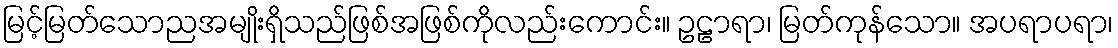
မြင့်မြတ်သောညအမျိုးရှိသည်ဖြစ်အဖြစ်ကိုလည်းကောင်း။ ဥဠာရာ၊ မြတ်ကုန်သော။ အပရာပရာ၊